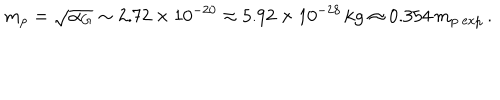
m _ { p } = \sqrt { \alpha _ { G } } \sim 2 . 7 2 \times 1 0 ^ { - 2 0 } \approx 5 . 9 2 \times 1 0 ^ { - 2 8 } \, \mathrm { k g } \approx 0 . 3 5 4 \, m _ { p \ \mathrm { e x p } } \, .